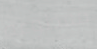
مقطوعة